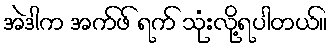
အဲဒါက အက်ဖ် ရက် သုံးလို့ရပါတယ်။